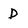
Character: D